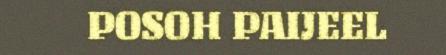
POSOH PAIJEEL